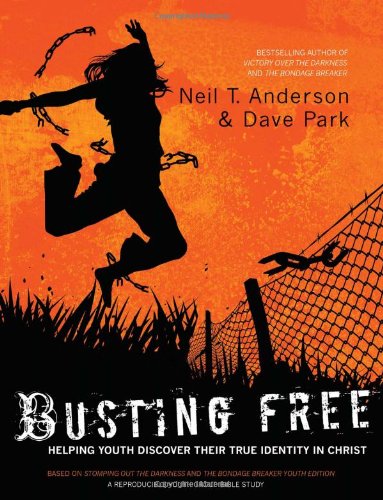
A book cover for Busting Free: Helping Youth Discover Their True Identity in Christ; Neil T. Anderson; Christian Books & Bibles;